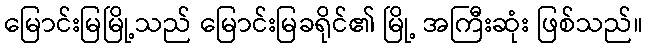
မြောင်းမြမြို့သည် မြောင်းမြခရိုင်၏ မြို့ အကြီးဆုံး ဖြစ်သည်။